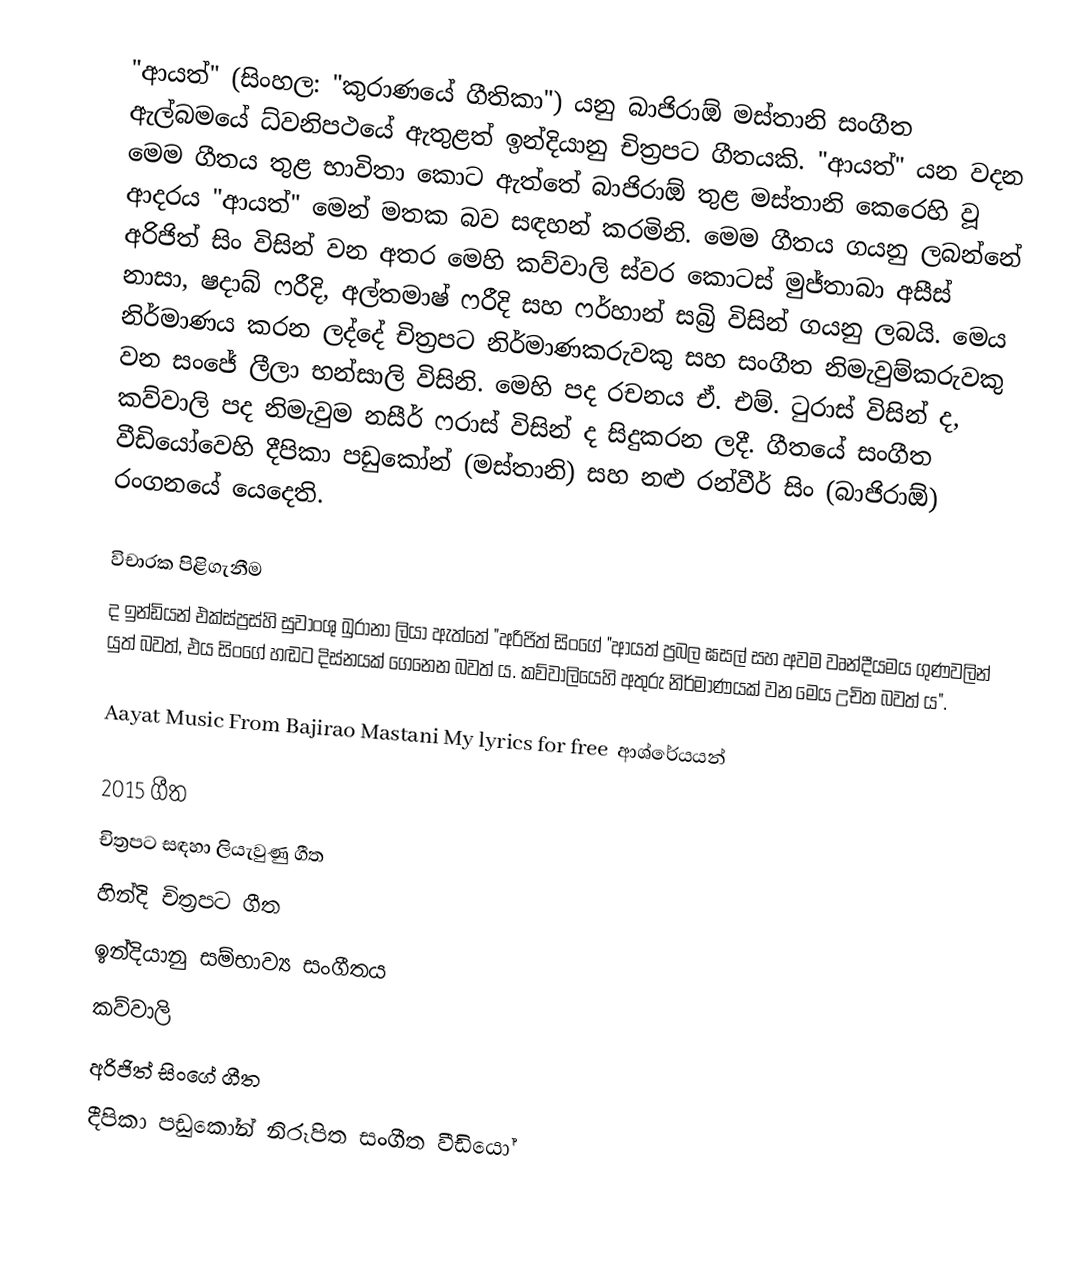
"ආයත්" (සිංහල: "කුරාණයේ ගීතිකා") යනු බාජිරාඕ මස්තානි සංගීත ඇල්බමයේ ධ්වනිපථයේ ඇතුළත් ඉන්දියානු චිත්‍රපට ගීතයකි. "ආයත්" ‍යන වදන මෙම ගීතය තුළ භාවිතා කොට ඇත්තේ බාජිරාඕ තුළ මස්තානි කෙරෙහි වූ ආදරය "ආයත්" මෙන් මතක බව සඳහන් කරමිනි. මෙම ගීතය ගයනු ලබන්නේ අරිජිත් සිං විසින් වන අතර මෙහි කව්වාලි ස්වර කොටස් මුජ්තාබා අසීස් නාසා, ෂදාබ් ෆරීදි, අල්තමාෂ් ෆරීදි සහ ෆර්හාන් සබ්‍රි විසින් ගයනු ලබයි. මෙය නිර්මාණය කරන ලද්දේ චිත්‍රපට නිර්මාණකරුවකු සහ සංගීත නිමැවුම්කරුවකු වන සංජේ ලීලා භන්සාලි විසිනි. මෙහි පද රචනය ඒ. එම්. ටුරාස් විසින් ද, කව්වාලි පද නිමැවුම නසීර් ෆරාස් විසින් ද සිදුකරන ලදී. ගීතයේ සංගීත වීඩියෝවෙහි දීපිකා පඩුකෝන් (මස්තානි) සහ නළු රන්වීර් සිං (බාජිරාඕ) රංගනයේ යෙදෙති.

විචාරක පිළිගැනීම
ද ඉන්ඩියන් එක්ස්ප්‍රස්හි සුවාංශු ඛුරානා ලියා ඇත්තේ "අරිජිත් සිංගේ "ආයත් ප්‍රබල ඝසල් සහ අවම වෘන්දීයමය ගුණවලින් යුත් බවත්, එය සිංගේ හඬට දිස්නයක් ගෙනෙන බවත් ය. කව්වාලියෙහි අතුරු නිර්මාණයක් වන මෙය උචිත බවත් ය".

Aayat Music From Bajirao Mastani My lyrics for free ‍ ආශ්රේයයන්

2015 ගීත
චිත්‍රපට සඳහා ලියැවුණු ගීත
හින්දි චිත්‍රපට ගීත
ඉන්දියානු සම්භාව්‍ය සංගීතය
කව්වාලි
අරිජිත් සිංගේ ගීත
දීපිකා පඩුකෝන් නිරූපිත සංගීත වීඩියෝ